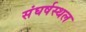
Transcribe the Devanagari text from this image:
संघर्षस्थल